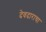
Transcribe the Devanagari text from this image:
देवदाराचा